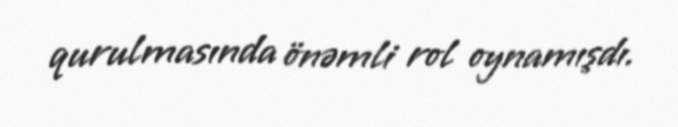
qurulmasında önəmli rol oynamışdı.